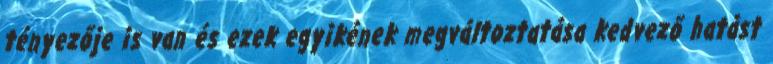
tényezője is van és ezek egyikének megváltoztatása kedvező hatást